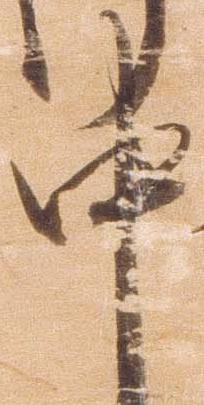
中